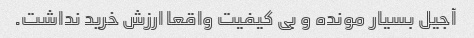
آجیل بسیار مونده و بی کیفیت واقعا ارزش خرید نداشت.